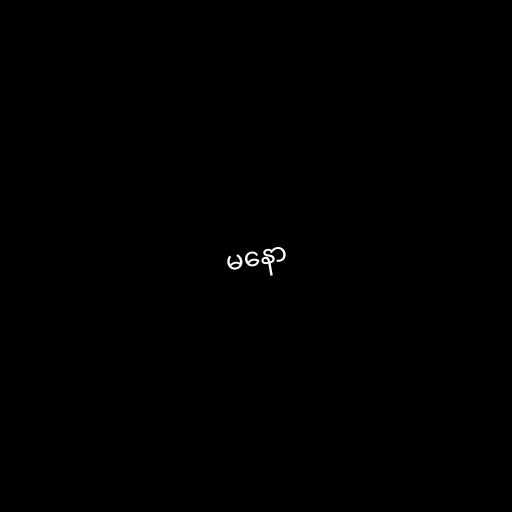
မနော